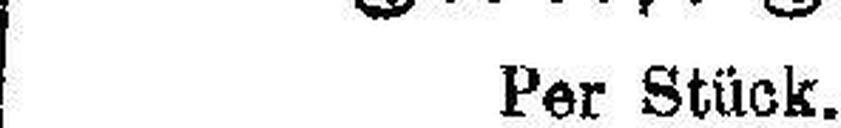
Per Stück.